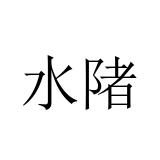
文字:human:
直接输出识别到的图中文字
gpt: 水陼